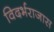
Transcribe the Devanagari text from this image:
विदर्भराजास